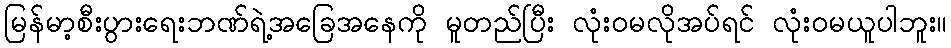
မြန်မာ့စီးပွားရေးဘဏ်ရဲ့အခြေအနေကို မူတည်ပြီး လုံးဝမလိုအပ်ရင် လုံးဝမယူပါဘူး။